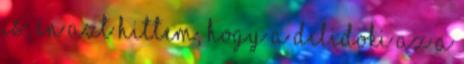
is, én azt hittem, hogy a dilidoki az a